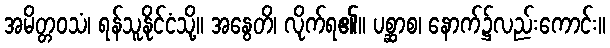
အမိတ္တဝသံ၊ ရန်သူနိုင်ငံသို့။ အနွေတိ၊ လိုက်ရ၏။ ပစ္ဆာစ၊ နောက်၌လည်းကောင်း။